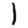
Digit: 1